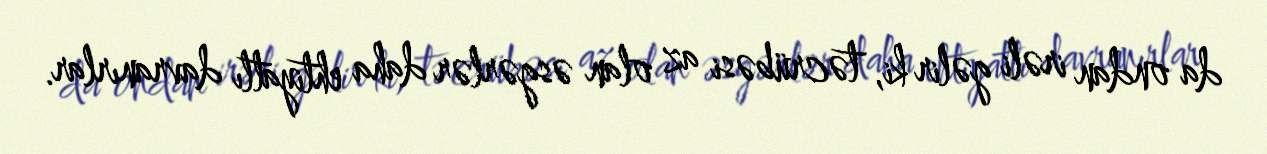
da ondan irəli gəlir ki, təcrübəsi az olan əsgərlər daha ehtiyatlı davranırlar.